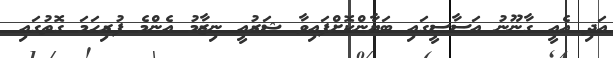
އަދި އެއީ ގާނޫނު އަސާސީގައި ބަޔާންކޮށްފައިވާ ޝަރުއީ ނިޒާމު އެންމެ ފުރިހަމަ ގޮތުގައި